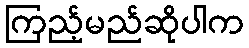
ကြည့်မည်ဆိုပါက